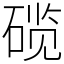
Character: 𬒗